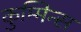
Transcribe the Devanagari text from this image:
कुम्मिन्स